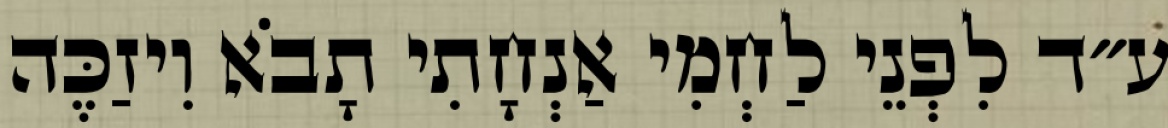
ע״ד לִפְנֵי לַחְמִי אַנְחָתִי תָבֹא וִיזַכֶּה